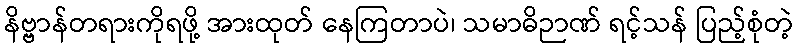
နိဗ္ဗာန်တရားကိုရဖို့ အားထုတ် နေကြတာပဲ၊ သမာဓိဉာဏ် ရင့်သန် ပြည့်စုံတဲ့